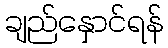
ချည်နှောင်ရန်